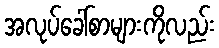
အလုပ်ခေါ်စာများကိုလည်း